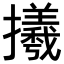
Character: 𢸤